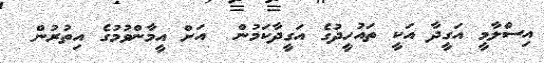
އިސްލާމީ އަގީދާ އަކީ ތައުހީދުގެ އަގީދާކަމުން  އަށް އީމާންވުމުގެ އިތުރުން